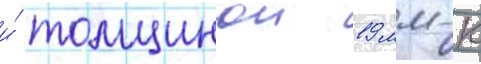
и́ толщинои 19 мм-к